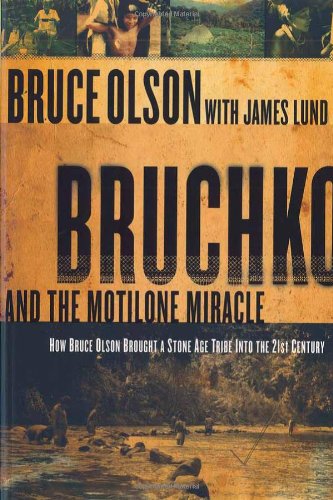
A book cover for Bruchko And The Motilone Miracle: How Bruce Olson Brought a Stone Age South American Tribe into the 21st Century; Bruce Olson; Biographies & Memoirs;